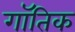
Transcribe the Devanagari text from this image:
गॉतिक